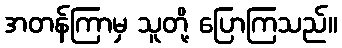
အတန်ကြာမှ သူတို့ ပြောကြသည်။